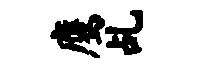
鹰乩